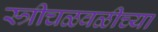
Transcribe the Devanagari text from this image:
स्त्रीचळवळीच्या